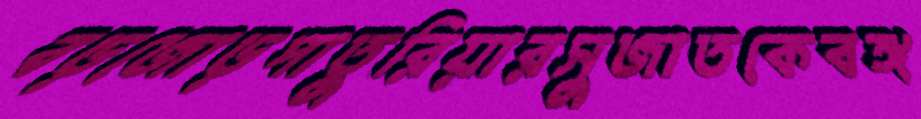
বড়জোড়পাতুরিয়ারসুজাতকেবঙ্গ